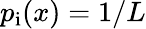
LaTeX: p_{\mathrm{i}}(x)=1/L